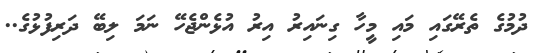
ދުމުގެ ތެރޭގައި މައި މީހާ ގިނައިރު އިރު އުޅެންޖެހޭ ނަމަ ލިބޭ ދަރިފުޅުގެ..